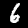
Label: 6